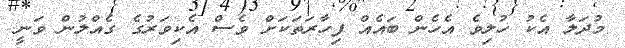
މުދަލާ އެކު ހުލިވެ އެހެން ބައެއް ފިހާރަތަކަށް ވެސް އެކިވަރުގެ ގެއްލުން ވަނީ